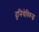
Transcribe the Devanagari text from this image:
दुनियेविरूद्ध